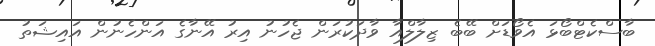
ބާސްކެޓްބޯޅަ އެވޯޑަށް ބޭބެ ޒިލާލްއާ ވާދަކުރަން ޖެހުނު އިރު އޭނާގެ އަންހެނުން އައިޝަތު